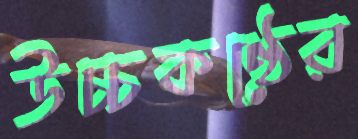
উচ্চকণ্ঠের